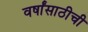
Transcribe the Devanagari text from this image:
वर्षांसाठीची